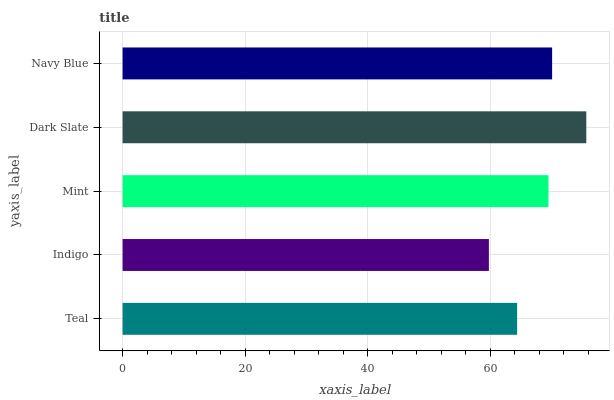
| yaxis_label | bars |
 | --- | --- |
 | Teal | 64.4 |
 | Indigo | 59.8 |
 | Mint | 69.5 |
 | Dark Slate | 75.7 |
 | Navy Blue | 70.1 |